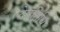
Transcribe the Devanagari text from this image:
देवनिधि